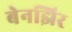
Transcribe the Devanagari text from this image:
बेनझिर